Black-water fever - Number 35
Disease focus: Fever
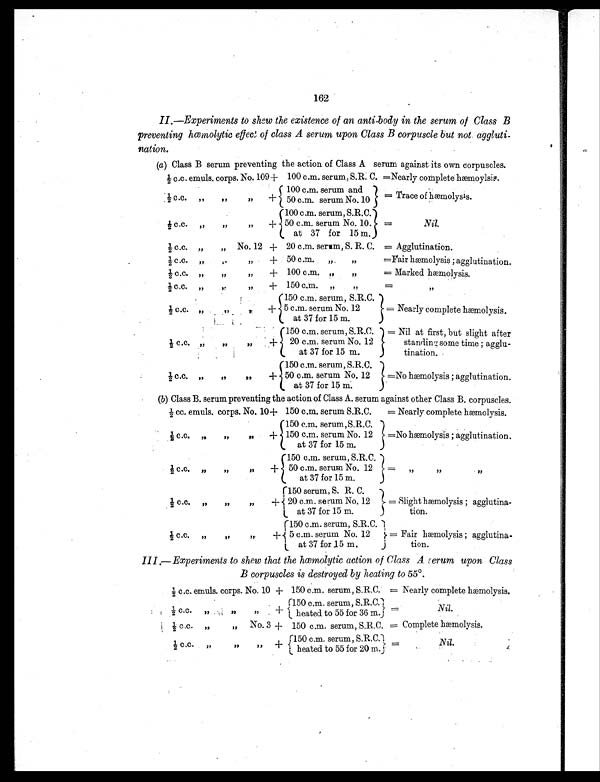
162
II.—Experiments to shew the existence of an anti-body in the serum of Class B
preventing hemolytic effect of class A serum upon Class B corpuscle but not. aggluti-
nation.
(a) Class B serum preventing the action of Class A serum against its own corpuscles.
½ c.c. emuls. corps. No. 109 + 100 c.m. serum, S.R. C. =
N e a r l y c o m p l e t e h æ m o y l s i s .
½ c c ,, ,, ,,
+
100 c.m. serum and
50 c.m. serum No. 10 = Trace of hæmolysls.
½ c.c. ,, ,, „
+
100 c.m. serum, S.R.C.
50 c.m. serum No. 10.
at 37 for 15 m.
=
Nil.
½ c.c. „ ,, No. 12
+ 20 c.m. serum, S. R. C. = Agglutination.
½ c . c .
,, ,,
, ,
+ 50 c.m. „
„
= Fair hæmolysis ; agglutination.
½ c. c. , , , , , ,
+ 100 c.m. „
„
= Marked hæmolysis.
½ c.c.
,,
,,
,,
+ 150 c.m. „
, ,
=
, ,
½ c . c . , , , , , ,
+
150 c.m. serum, S.R.C.
5 c.m. serum No. 12
at 37 for 15 m.
= Nearly complete hæmolysis.
½ c. c. „ ,,
,,
+
150 c.m. serum, S.R.C.
20 c.m. serum No. 12
at 37 for 15 m.
= Nil at first, but slight after
standing some time ; agglu-
tination.
½ c.c.
„
,,
,,
+
150 c.m. serum, S.R.C.
50 c.m. serum No. 12
at 37 for 15 m.
= No hæmolysis ; agglutination.
(b) Class B. serum preventing the action of Class A. serum against other Class B. corpuscles.
½ cc. emuls. corps. No. 10 + 150 c.m. serum S.R.C.
= Nearly complete hæmolysis.
½ c . c . , , ,, ,,
+
150 c.m. serum, S.R.C.
150 c.m. serum No. 12
at 37 for 15m.
= No hæmolysis ; agglutination.
½ c. c. ,, ,, „
+
150 c.m. serum, S.R.C.
50 c.m. serum No. 12
at 37 for 15 m.
= „
,, ,,
½ c. c. ,, ,, ,,
+
150 serum, S. R. C.
20 c.m. serum No, 12
at 37 for 15 m.
= Slight hæmolysis ; agglutina-
tion.
½ c.c. „ ,, ,,
+
150 c.m. serum, S.R.C.
5 c.m. serum No. 12
at 37 for 15 m.
= Fair hæmolysis ; agglutina-
tion.
III.—Experiments to shew that the hemolytic action of Class A serum upon Class
B corpuscles is destroyed by heating to 55°.
½ c.c. emuls. corps. No. 10 + 150 c.m. serum, S.R.C. = Nearly complete hæ molysis.
½ c.c. ,,
,,
,,
+
150 c.m. serum, S.R.C.
h eated to 55 for 36 m. =
Nil.
½ c.c. „ ,, No. 3
+ 150 c.m. serum, S.R.C. = Complete hæmolysis.
½ c.c.
,,
,,
, ,
+ 150 c.m. serum, S.R.C.
heated to 55 for 20 m
=
Nil.